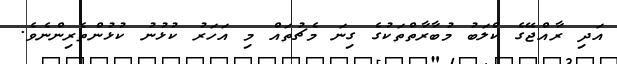
އަދި ރާއްޖޭގެ ކްލަބު މުބާރާތްތަކުގެ ގިނަ މެޗުތައް މި އަހަރު ކުޅުނު ކުޅުންތެރިންނެވެ.